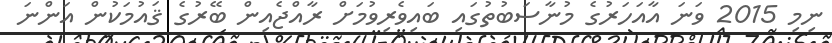
ނިމި 2015 ވަނަ އާއަހަރުގެ މުނާސަބުތުގައި ބައިވެރިވުމަށް ރާއްޖެއިން ބޭރުގެ ޤައުމަކުން އަންނަ